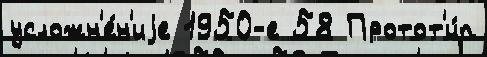
усложн'е́н'иjе 1950-е 58 Протот'и́п